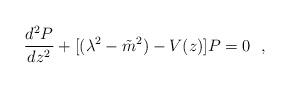
LaTeX: \begin{align*}\frac{d^2P}{dz^2} +[(\lambda^2-{\tilde{m}}^2)-V(z)]P=0~~,\end{align*}